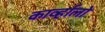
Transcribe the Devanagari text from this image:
काव्‍र्हालो